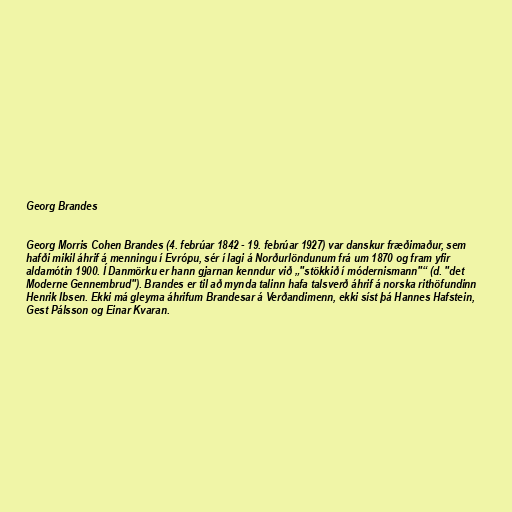
Georg Brandes

Georg Morris Cohen Brandes (4. febrúar 1842 - 19. febrúar 1927) var danskur fræðimaður, sem
hafði mikil áhrif á menningu í Evrópu, sér í lagi á Norðurlöndunum frá um 1870 og fram yfir
aldamótin 1900. Í Danmörku er hann gjarnan kenndur við „"stökkið í módernismann"“ (d. "det
Moderne Gennembrud"). Brandes er til að mynda talinn hafa talsverð áhrif á norska rithöfundinn
Henrik Ibsen. Ekki má gleyma áhrifum Brandesar á Verðandimenn, ekki síst þá Hannes Hafstein,
Gest Pálsson og Einar Kvaran.